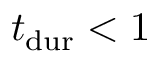
\ensuremath { t _ { \mathrm { d u r } } } < 1